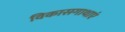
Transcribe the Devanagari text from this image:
विकासगाथाएं